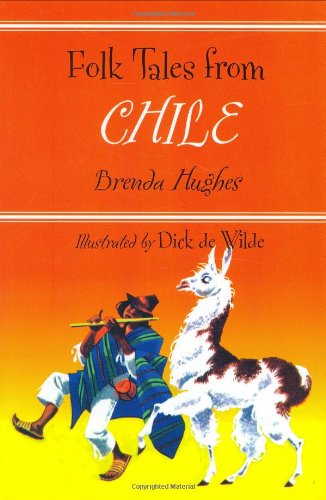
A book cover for Folk Tales from Chile (Library of Folklore); Brenda Hughes; Children's Books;